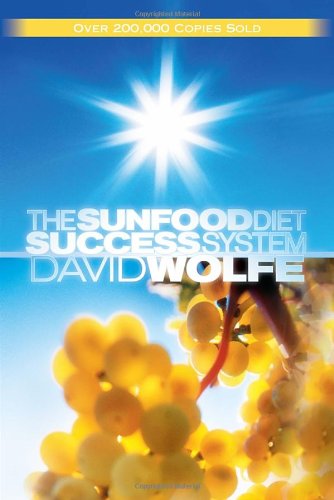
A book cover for The Sunfood Diet Success System; David Wolfe; Cookbooks, Food & Wine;